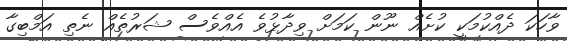
ވާހަކަ ދެއްކުމަކީ ކުށެއް ނޫން ކަމަށް ވިދާޅުވެ އެއްވެސް ޝަރުތެއް ނެތި އަމްބިގާ